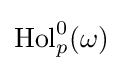
\operatorname {Hol} _{p}^{0}(\omega )